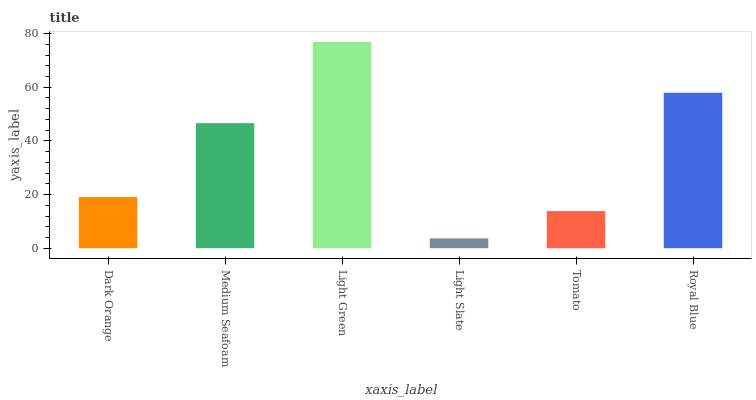
| xaxis_label | bars |
 | --- | --- |
 | Dark Orange | 19.1 |
 | Medium Seafoam | 46.6 |
 | Light Green | 76.9 |
 | Light Slate | 3.65 |
 | Tomato | 13.8 |
 | Royal Blue | 57.9 |